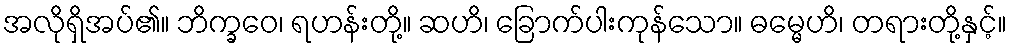
အလိုရှိအပ်၏။ ဘိက္ခဝေ၊ ရဟန်းတို့။ ဆဟိ၊ ခြောက်ပါးကုန်သော။ ဓမ္မေဟိ၊ တရားတို့နှင့်။